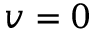
v = 0